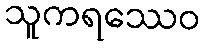
သူကရဿေဝ